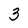
Character: 3